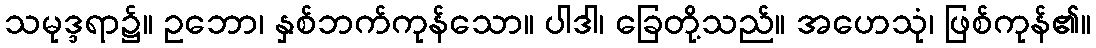
သမုဒ္ဒရာ၌။ ဥဘော၊ နှစ်ဘက်ကုန်သော။ ပါဒါ၊ ခြေတို့သည်။ အဟေသုံ၊ ဖြစ်ကုန်၏။